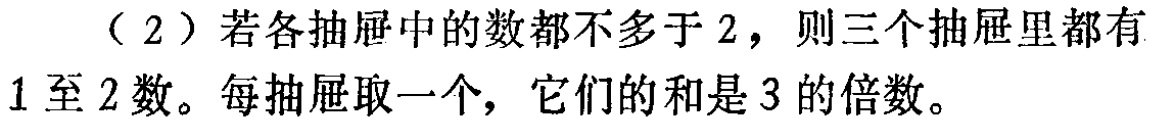
（2）若各抽屉中的数都不多于 2，则三个抽屉里都有1至2数。每抽屉取一个，它们的和是 3 的倍数。